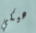
هيكي